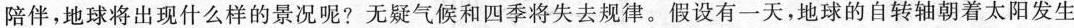
陪伴，地球将出现什么样的景况呢?无疑气和四季将失去规律。假设有一天，地球的自转轴朝着太阳发生